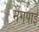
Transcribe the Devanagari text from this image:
मेंगपाई